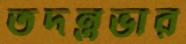
তদন্তভার